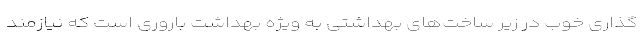
گذاری خوب در زیر ساخت‌های بهداشتی به ویژه بهداشت باروری است که نیازمند